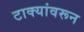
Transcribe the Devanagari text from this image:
टाक्यांवरून